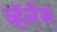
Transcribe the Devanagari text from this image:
व्हॅलेंस